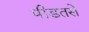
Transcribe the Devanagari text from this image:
पीडतसे